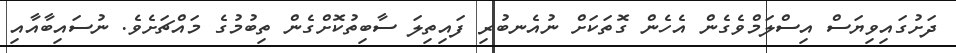
ދަށުގައިވިޔަސް އިސްލަމްވެގެން އެހެން ގޮތަކަށް ނުއެނބުރި ފައިތިލަ ސާބިތުކޮށްގެން ތިބުމުގެ މައްޗަށެވެ. ނުސައިބާއާއި